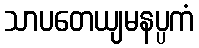
သာပတေယျမနပ္ပကံ